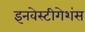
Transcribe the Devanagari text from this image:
इनवेस्टीगेशंस